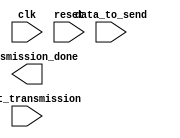
module ethernet_controller (
    input wire clk,
    input wire reset,
    input wire start_transmission,
    input wire[7:0] data_to_send,
    output reg transmission_done
);

reg[7:0] data_received;
reg[3:0] retransmission_timer;

// Clock generation module
always @ (posedge clk or posedge reset)
begin
    if (reset) begin
        // reset logic
    end
    else begin
        // clock generation logic
    end
end

// Data synchronization module
always @ (posedge clk or posedge reset)
begin
    if (reset) begin
        // reset logic
    end
    else begin
        // data synchronization logic
    end
end

// Signal timing alignment module
always @ (posedge clk or posedge reset)
begin
    if (reset) begin
        // reset logic
    end
    else begin
        // signal timing alignment logic
    end
end

// Timing control block
always @ (posedge clk or posedge reset)
begin
    if (reset) begin
        // reset logic
    end
    else begin
        // timing control logic
    end
end

// Synchronization blocks
always @ (posedge clk or posedge reset)
begin
    if (reset) begin
        // reset logic
    end
    else begin
        // synchronization logic
    end
end

// Error checking mechanisms
always @ (posedge clk or posedge reset)
begin
    if (reset) begin
        // reset logic
    end
    else begin
        // error checking logic
    end
end

endmodule